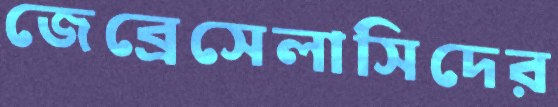
জেব্রেসেলাসিদের